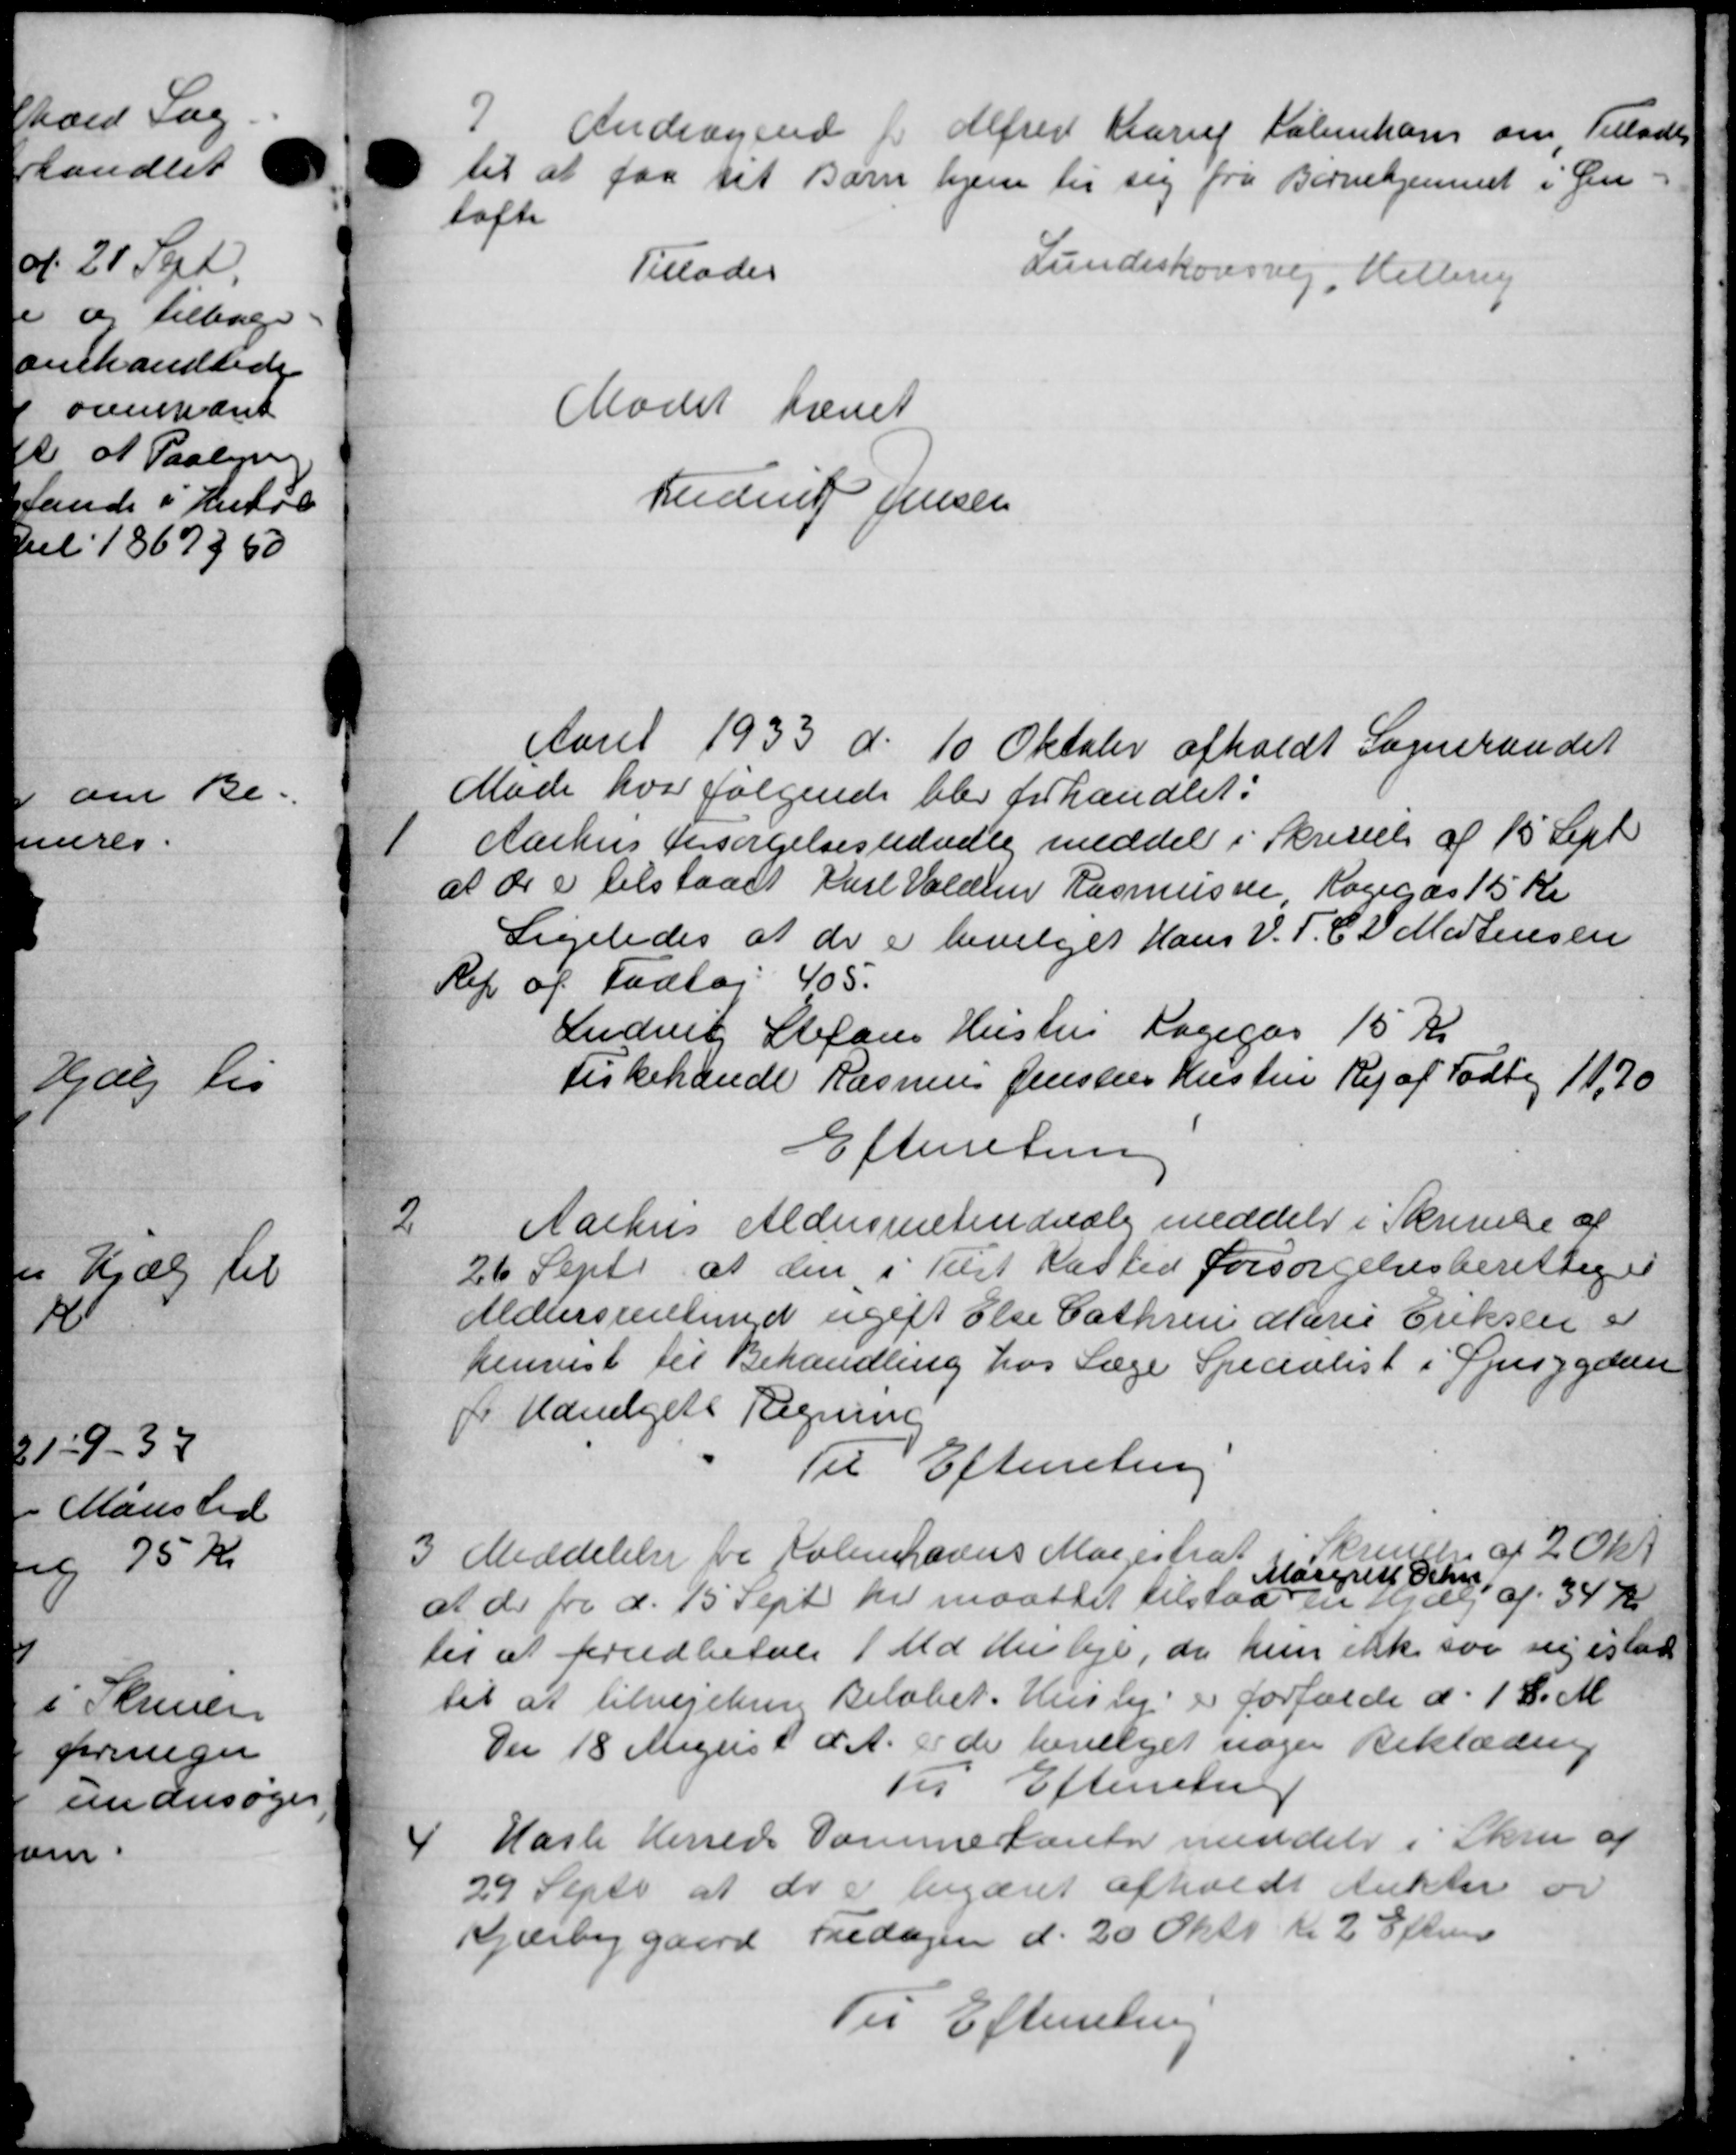
Transskription:
2
Andragende Alfred Karup Københavns om Tillades
til at faa sit Barn hjem til sig fra Børnehjemmet i Gen-
tofte
Tillades
Lundeskovsvej, Hellerup
Mødet hævet
Anders Jensen
Aaret 1933 d. 10 Oktober afholdt Sogneraadet
Møde hvor følgende blev forhandlet:
1
Aarhus Forsørgelsesudvalg meddel i Skrivelse af 15 Sept
at de er tilstaaet Karl Valdem Rasmussen, Rogegas 15 Kr
Ligeledes at de er bevilges Hans V. T. C. V. Mortensen
Rep af Fodtøj 405.
Ludvig Stefans Hustru Lægegår 15 Kr.
Fiskehandle Rasmus Jensens Hustru Rej af Fodby 11,70
Efterretning
2
Aarhus Aldersrenteudvalg meddeler i Skrivelse af
26 Sept. at den i Tilst Kasted Forsørgelsesberettiget
Aldersrentenyd ugift Else Cathrine Marie Eriksen er
henvist til Behandling hos Læge Specialist i Spesygdom
p. Udvalgets Regning
Til Efterretning
3
Meddelelse til Københavns Magistrat ken af 2 Okt
at de fra d. 15 Sept. her maattet tilstaas
Margret Schn
en Hjælp af 34 Kr
tes at forudbetale 1 Med Husleje, da hun ikke som sig istad
til at tilvejenene Beløbet. Huslej er forfalde d. 1 d. M
Den 18 August d. A. er de bevilget nogen Beklædning
Til Efterretning
4
Hasle Herreds Dommekontor meddeler i Skrive af
29 Sept. at de er begæret afholdt Aukter er
Kjærbyggaard Fredagen d. 20 Oktb. Kr. 2 Efterm
Til Efterretning